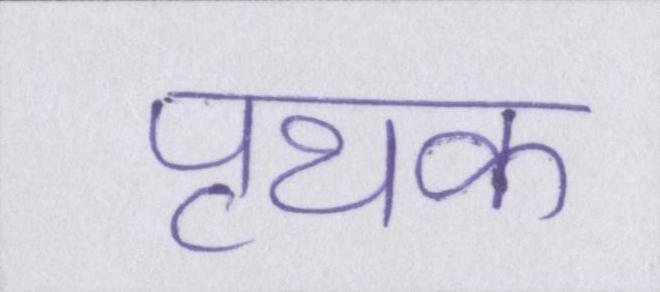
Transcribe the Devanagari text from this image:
पृथक